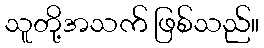
သူတို့အသက် ဖြစ်သည်။